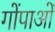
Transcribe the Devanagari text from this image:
गोंपाओं